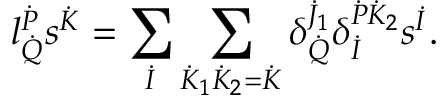
l _ { \dot { Q } } ^ { \dot { P } } s ^ { \dot { K } } = \sum _ { \dot { I } } \sum _ { \dot { K } _ { 1 } \dot { K } _ { 2 } = \dot { K } } \delta _ { \dot { Q } } ^ { \dot { J } _ { 1 } } \delta _ { \dot { I } } ^ { \dot { P } \dot { K } _ { 2 } } s ^ { \dot { I } } .